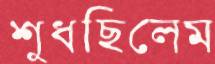
শুধছিলেম